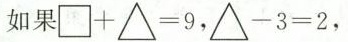
如果 $$\Box + \bigtriangleup = 9$$，$$\bigtriangleup - 3 = 2$$，